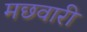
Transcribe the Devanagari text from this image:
मछवारी